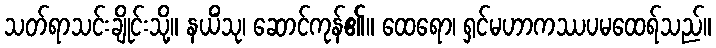
သတ်ရာသင်းချိုင်းသို့။ နယိံသု၊ ဆောင်ကုန်၏။ ထေရော၊ ရှင်မဟာကဿပမထေရ်သည်။